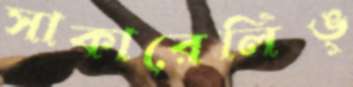
সাকারেলিঙ্